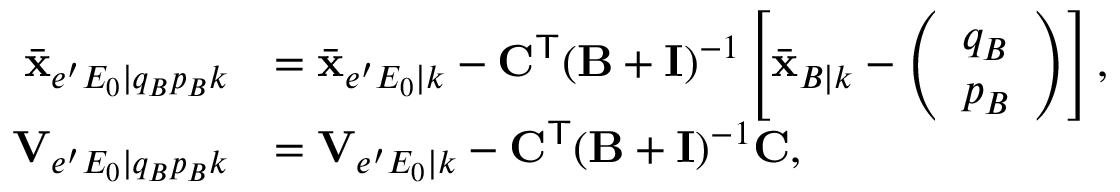
\begin{array} { r l } { \bar { \mathbf { x } } _ { e ^ { \prime } E _ { 0 } | q _ { B } p _ { B } k } } & { = \bar { \mathbf { x } } _ { e ^ { \prime } E _ { 0 } | k } - \mathbf { C } ^ { \mathsf { T } } ( \mathbf { B } + \mathbf { I } ) ^ { - 1 } \left[ \bar { \mathbf { x } } _ { B | k } - \left( \begin{array} { l } { q _ { B } } \\ { p _ { B } } \end{array} \right) \right] , } \\ { \mathbf { V } _ { e ^ { \prime } E _ { 0 } | q _ { B } p _ { B } k } } & { = \mathbf { V } _ { e ^ { \prime } E _ { 0 } | k } - \mathbf { C } ^ { \mathsf { T } } ( \mathbf { B } + \mathbf { I } ) ^ { - 1 } \mathbf { C } , } \end{array}